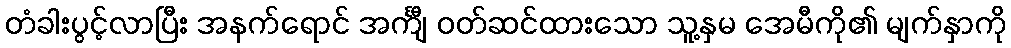
တံခါးပွင့်လာပြီး အနက်ရောင် အင်္ကျီ ဝတ်ဆင်ထားသော သူ့နှမ အေမီကို၏ မျက်နှာကို